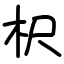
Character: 𣏧